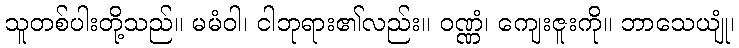
သူတစ်ပါးတို့သည်။ မမံဝါ၊ ငါဘုရား၏လည်း။ ဝဏ္ဏံ၊ ကျေးဇူးကို။ ဘာသေယျုံ၊